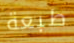
طبعة